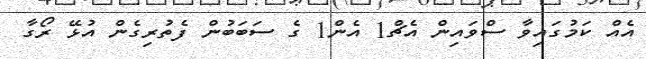
އެއް ކަމުގައިވާ ސްވައިން އެޗް1 އެން1 ގެ ސަބަބުން ފެތުރިގެން އުޅޭ ރޯގާ